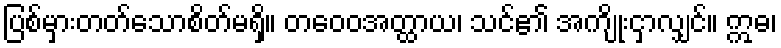
ပြစ်မှားတတ်သောစိတ်မရှိ။ တဝေဝအတ္ထာယ၊ သင်၏ အကျိုးငှာလျှင်။ ဣဓ၊